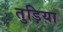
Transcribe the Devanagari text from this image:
तुड़िया